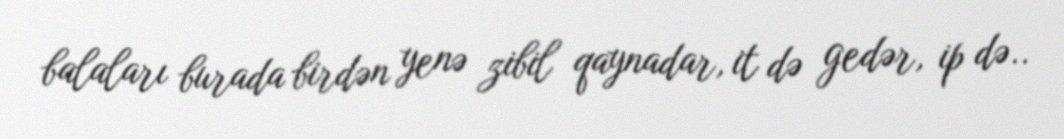
balaları burada birdən yenə zibil qaynadar, it də gedər, ip də..